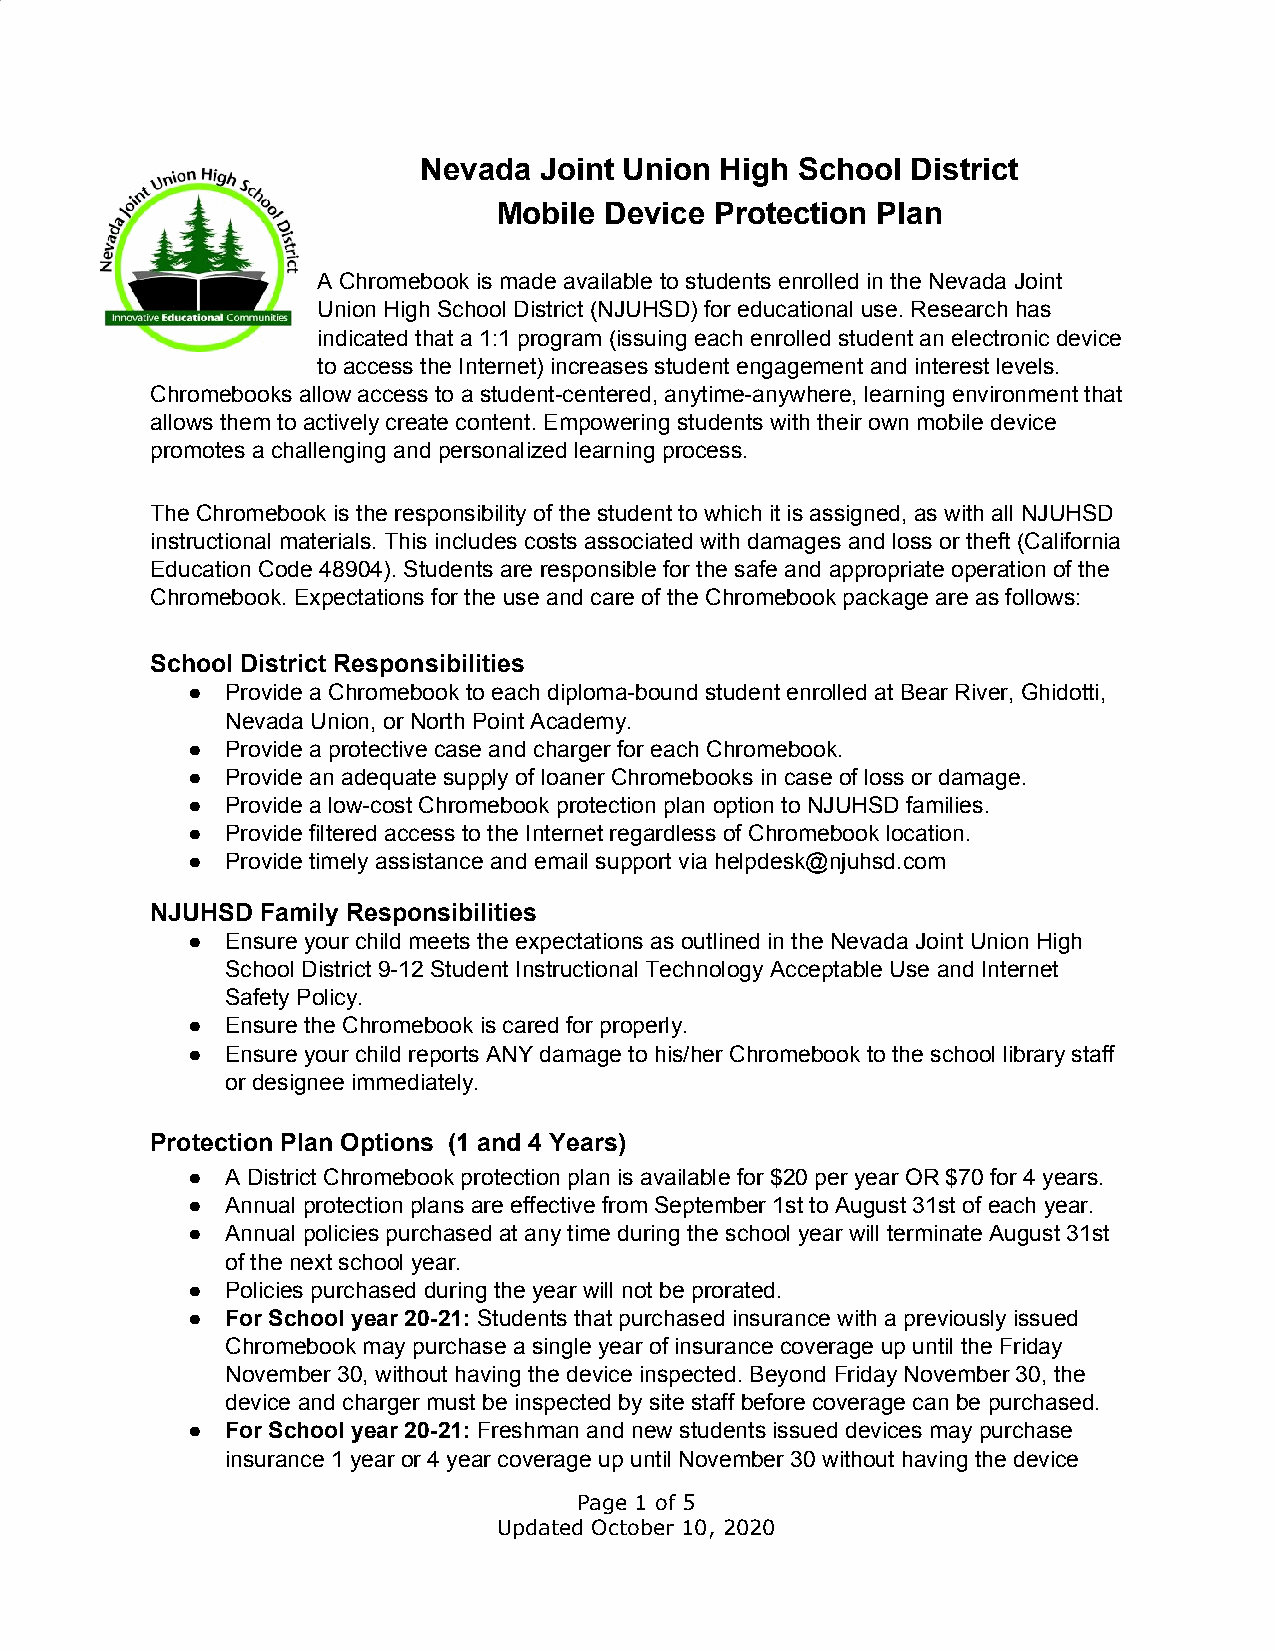
Nevada  Joint Union High School District
 Mobile Device Protection Plan
 A Chromebook is made available to students enrolled in the Nevada Joint
 Union High School District (NJUHSD) for educational use. Research has
 indicated that a 1:1 program (issuing each enrolled student an electronic device
 to access the Internet) increases student engagement and interest levels.
 Chromebooks allow access to a student-centered, anytime-anywhere, learning environment that
 allows them to actively create content. Empowering students with their own mobile device
 promotes a challenging and personalized learning process.
 The Chromebook is the responsibility of the student to which it is assigned, as with all NJUHSD
 instructional materials. This includes costs associated with damages and loss or theft (California
 Education Code 48904). Students are responsible for the safe and appropriate operation of the
 Chromebook. Expectations for the use and care of the Chromebook package are as follows:
 School District Responsibilities
 ●  Provide a Chromebook to each diploma-bound student enrolled at Bear River, Ghidotti,
 Nevada Union, or North Point Academy.
 ●  Provide a protective case and charger for each Chromebook.
 ●  Provide an adequate supply of loaner Chromebooks in case of loss or damage.
 ●  Provide a low-cost Chromebook protection plan option to NJUHSD families.
 ●  Provide filtered access to the Internet regardless of Chromebook location.
 ●  Provide timely assistance and email support via helpdesk@njuhsd.com
 NJUHSD Family Responsibilities
 ●  Ensure your child meets the expectations as outlined in the Nevada Joint Union High
 School District 9-12 Student Instructional Technology Acceptable Use and Internet
 Safety Policy.
 ●  Ensure the Chromebook is cared for properly.
 ●  Ensure your child reports ANY damage to his/her Chromebook to the school library staff
 or designee immediately.
 Protection Plan Options (1 and 4 Years)
 ●  A District Chromebook protection plan is available for $20 per year OR $70 for 4 years.
 ●  Annual protection plans are effective from September 1st to August 31st of each year.
 ●  Annual policies purchased at any time during the school year will terminate August 31st
 of the next school year.
 ●  Policies purchased during the year will not be prorated.
 ●  For School year 20-21: Students that purchased insurance with a previously issued
 ​
 Chromebook may purchase a single year of insurance coverage up until the Friday
 November 30, without having the device inspected. Beyond Friday November 30, the
 device and charger must be inspected by site staff before coverage can be purchased.
 ●  For School year 20-21: Freshman and new students issued devices may purchase
 ​
 insurance 1 year or 4 year coverage up until November 30 without having the device
 Page 1 of 5
 Updated October 10, 2020